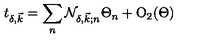
t _ { \delta , \vec { k } } = \sum _ { n } { \cal N } _ { \delta , \vec { k } ; n } \Theta _ { n } + { \mathrm { O } } _ { 2 } ( \Theta )